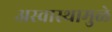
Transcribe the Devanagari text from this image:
अस्वास्थामुळे